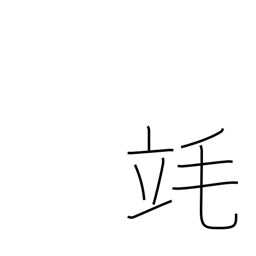
Meaning: millilitre